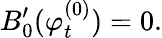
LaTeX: B_{0}^{\prime}(\varphi_{t}^{(0)})=0.